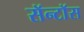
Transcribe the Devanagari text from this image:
सॅन्टाॅस